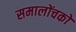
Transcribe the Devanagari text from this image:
समालोंचकों